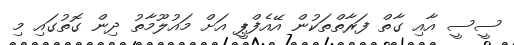
ސީސީ އާއި ގާތް ފަރާތްތަކުން އޭއެފްޕީ އަށް މައުލޫމާތު ދިން ގޮތުގައި މި